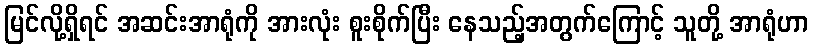
မြင်လို့ရှိရင် အဆင်းအာရုံကို အားလုံး စူးစိုက်ပြီး နေသည့်အတွက်ကြောင့် သူတို့ အာရုံဟာ